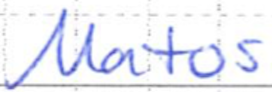
Text: Matos
Cross-out: clean
Writing tool: ballpoint